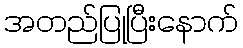
အတည်ပြုပြီးနောက်